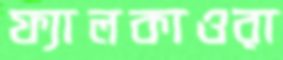
ফ্যালকাওরা